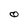
Character: O